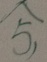
\widehat { 5 , }